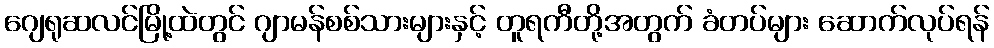
ဂျေရုဆလင်မြို့ထဲတွင် ဂျာမန်စစ်သားများနှင့် တူရကီတို့အတွက် ခံတပ်များ ဆောက်လုပ်ရန်